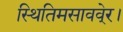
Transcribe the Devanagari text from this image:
स्थितिमसाववे्र।